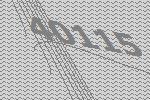
40115